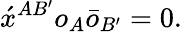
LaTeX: \acute{x}^{AB^{\prime}}o_{A}\bar{o}_{B^{\prime}}=0.